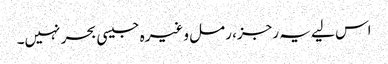
اس لیے یہ رجز، رمل وغیرہ جیسی بحر نہیں۔